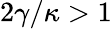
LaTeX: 2\gamma/\kappa>1